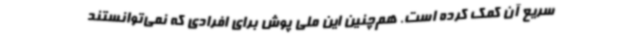
سریع آن کمک کرده است. هم‌چنین این ملی پوش برای افرادی که نمی‌توانستند